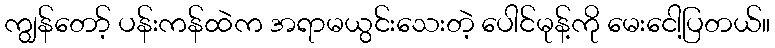
ကျွန်တော့် ပန်းကန်ထဲက အရာမယွင်းသေးတဲ့ ပေါင်မုန့်ကို မေးငေါ့ပြတယ်။